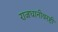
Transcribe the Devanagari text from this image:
राजधानीवरही